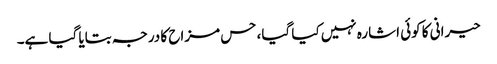
حیرانی کا کوئی اشارہ نہیں کیا گیا، حس مزاح کا درجہ بتایا گیا ہے۔